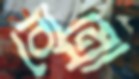
বোম্বো